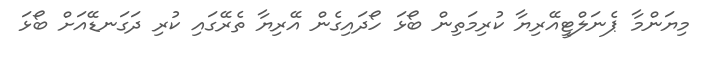
މިޔަންމާ ޕެނަލްޓީއޭރިޔާ ކުރިމަތިން ބޯޅަ ހޯދައިގެން އޭރިޔާ ތެރޭގައި ކުރި ދަގަނޑޭއަށް ބޯޅަ